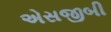
એસજીબી